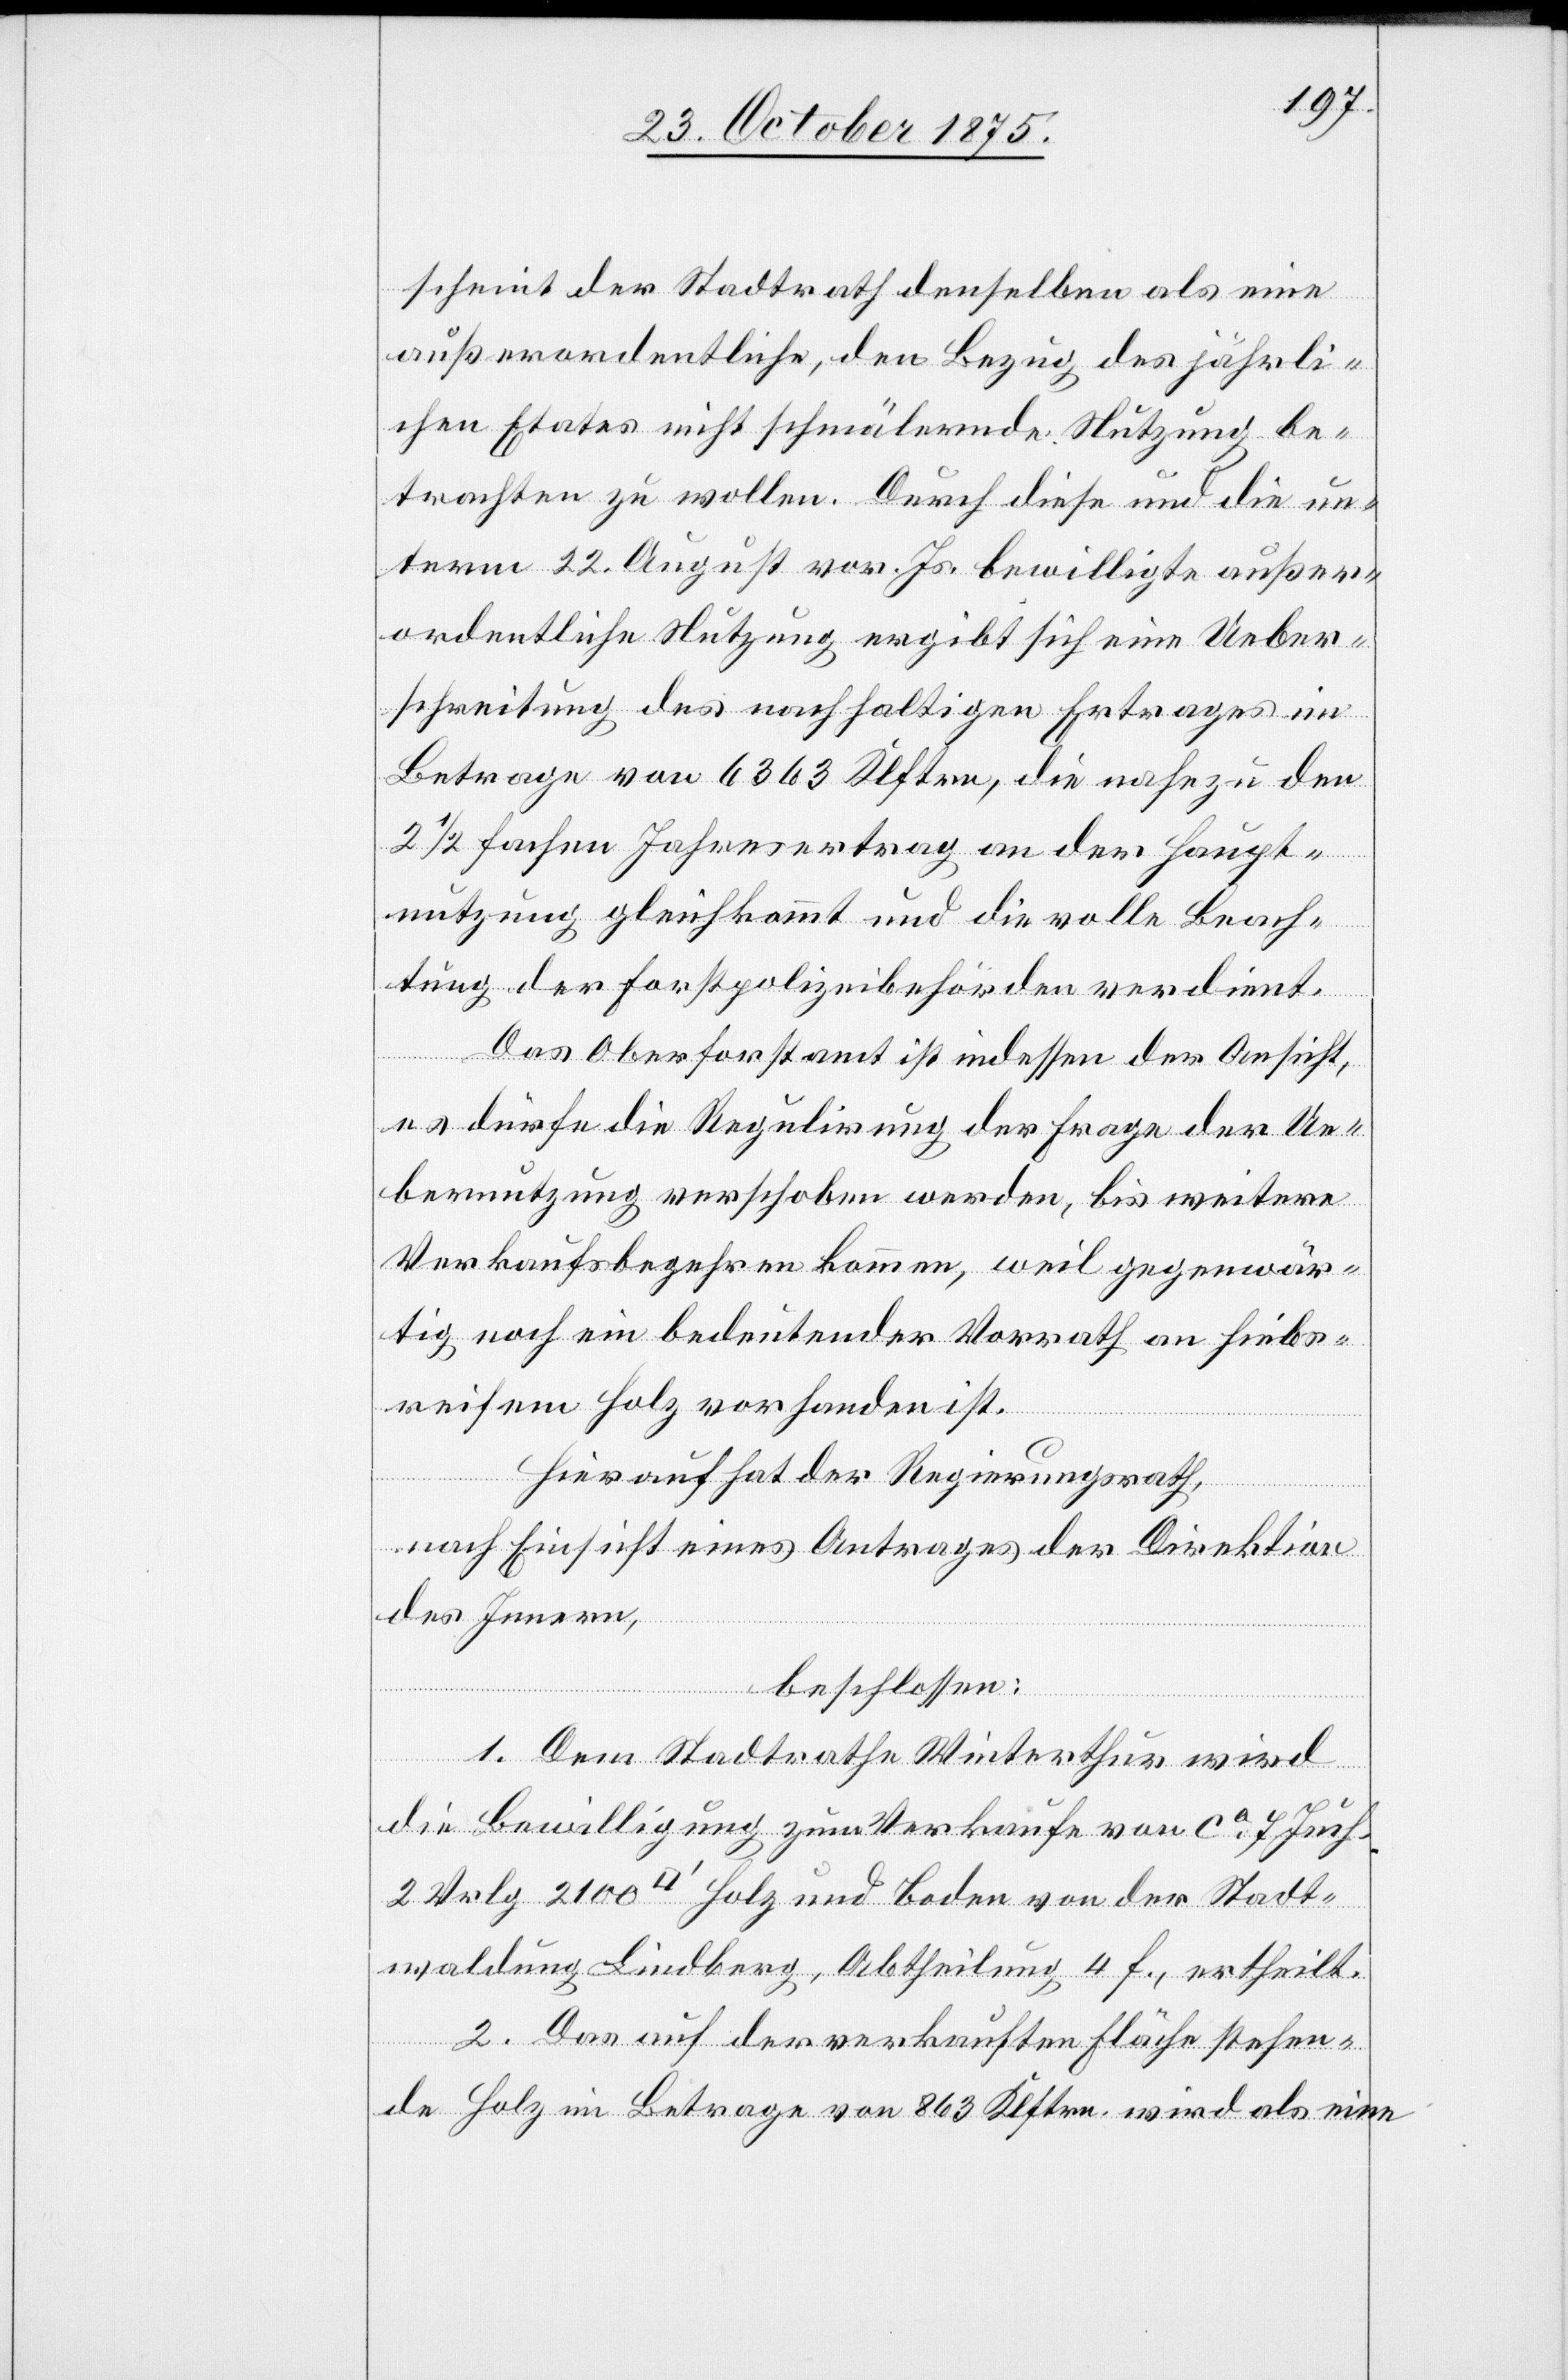
scheint der Stadtrath denselben als eine
außerordentliche, den Bezug des jährli¬
chen Etates nicht schmälernde Nutzung be¬
trachten zu wollen. Durch diese und die un¬
term 22. August vor. Js. bewilligte außer¬
ordentliche Nutzung ergibt sich eine Ueber¬
schreitung des nachhaltigen Ertrages im
Betrage von 6363 Klftrn., die nahezu den
2 1/2 fachen Jahresertrag an der Haupt¬
nutzung gleichkommt und die volle Beach¬
tung der Forstpolizeibehörden verdient.
Das Oberforstamt ist indessen der Ansicht,
es dürfe die Regulirung der Frage der Ue¬
bernutzung verschoben werden, bis weitere
Verkaufsbegehren kommen, weil gegenwär¬
tig noch ein bedeutender Vorrath an hiebs¬
reifem Holz vorhanden ist.
Hierauf hat der Regierungsrath,
nach Einsicht eines Antrages der Direktion
des Innern,
beschlossen:
1. Dem Stadtrathe Winterthur wird
die Bewilligung zum Verkaufe von ca 7 Juch.
2 Vrlg. 2100 [Quadratfuß] Holz und Boden von der Stadt¬
waldung Lindberg, Abtheilung 4 f., ertheilt.
2. Das auf der verkauften Fläche stehen¬
de Holz im Betrage von 863 Klftrn. wird als eine